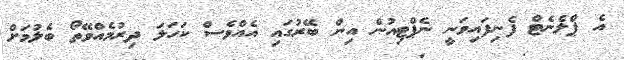
އެ ޕްލެނެޓް ފެނިފައިވަނީ ނެޕްޓިއުން އިން ބޭރުގައި އެއްވެސް ކަހަލަ ދިރުމެއްވޭތޯ ބެލުމަށް